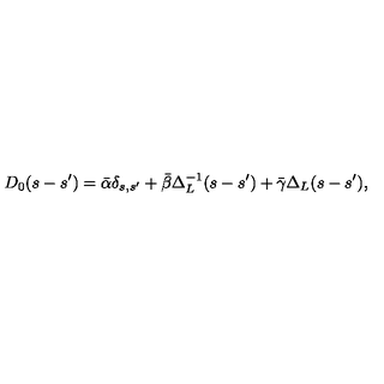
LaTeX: D _ { 0 } ( s - s ^ { \prime } ) = \bar { \alpha } \delta _ { s , s ^ { \prime } } + \bar { \beta } \Delta _ { L } ^ { - 1 } ( s - s ^ { \prime } ) + \bar { \gamma } \Delta _ { L } ( s - s ^ { \prime } ) ,